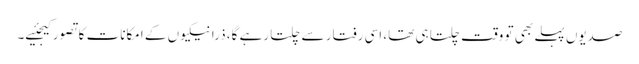
صدیوں پہلے بھی تو وقت چلتا ہی تھا، اسی رفتار سے چلتا رہے گا، ذرا نیکیوں کے امکانات کا تصور کیجئیے۔